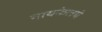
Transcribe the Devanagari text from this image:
मायकेलचे